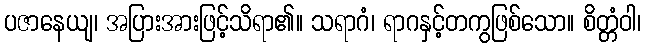
ပဇာနေယျ၊ အပြားအားဖြင့်သိရာ၏။ သရာဂံ၊ ရာဂနှင့်တကွဖြစ်သော။ စိတ္တံဝါ၊